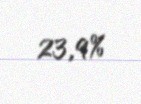
23,9%